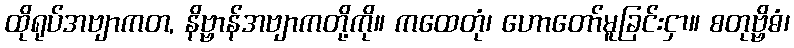
ထိုရုပ်အဗျာကတ, နိဗ္ဗာန်အဗျာကတို့ကို။ ကထေတုံ၊ ဟောတော်မူခြင်းငှာ။ စတုဗ္ဗိဓံ၊